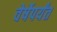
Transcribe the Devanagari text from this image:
वेर्षेपर्यंत